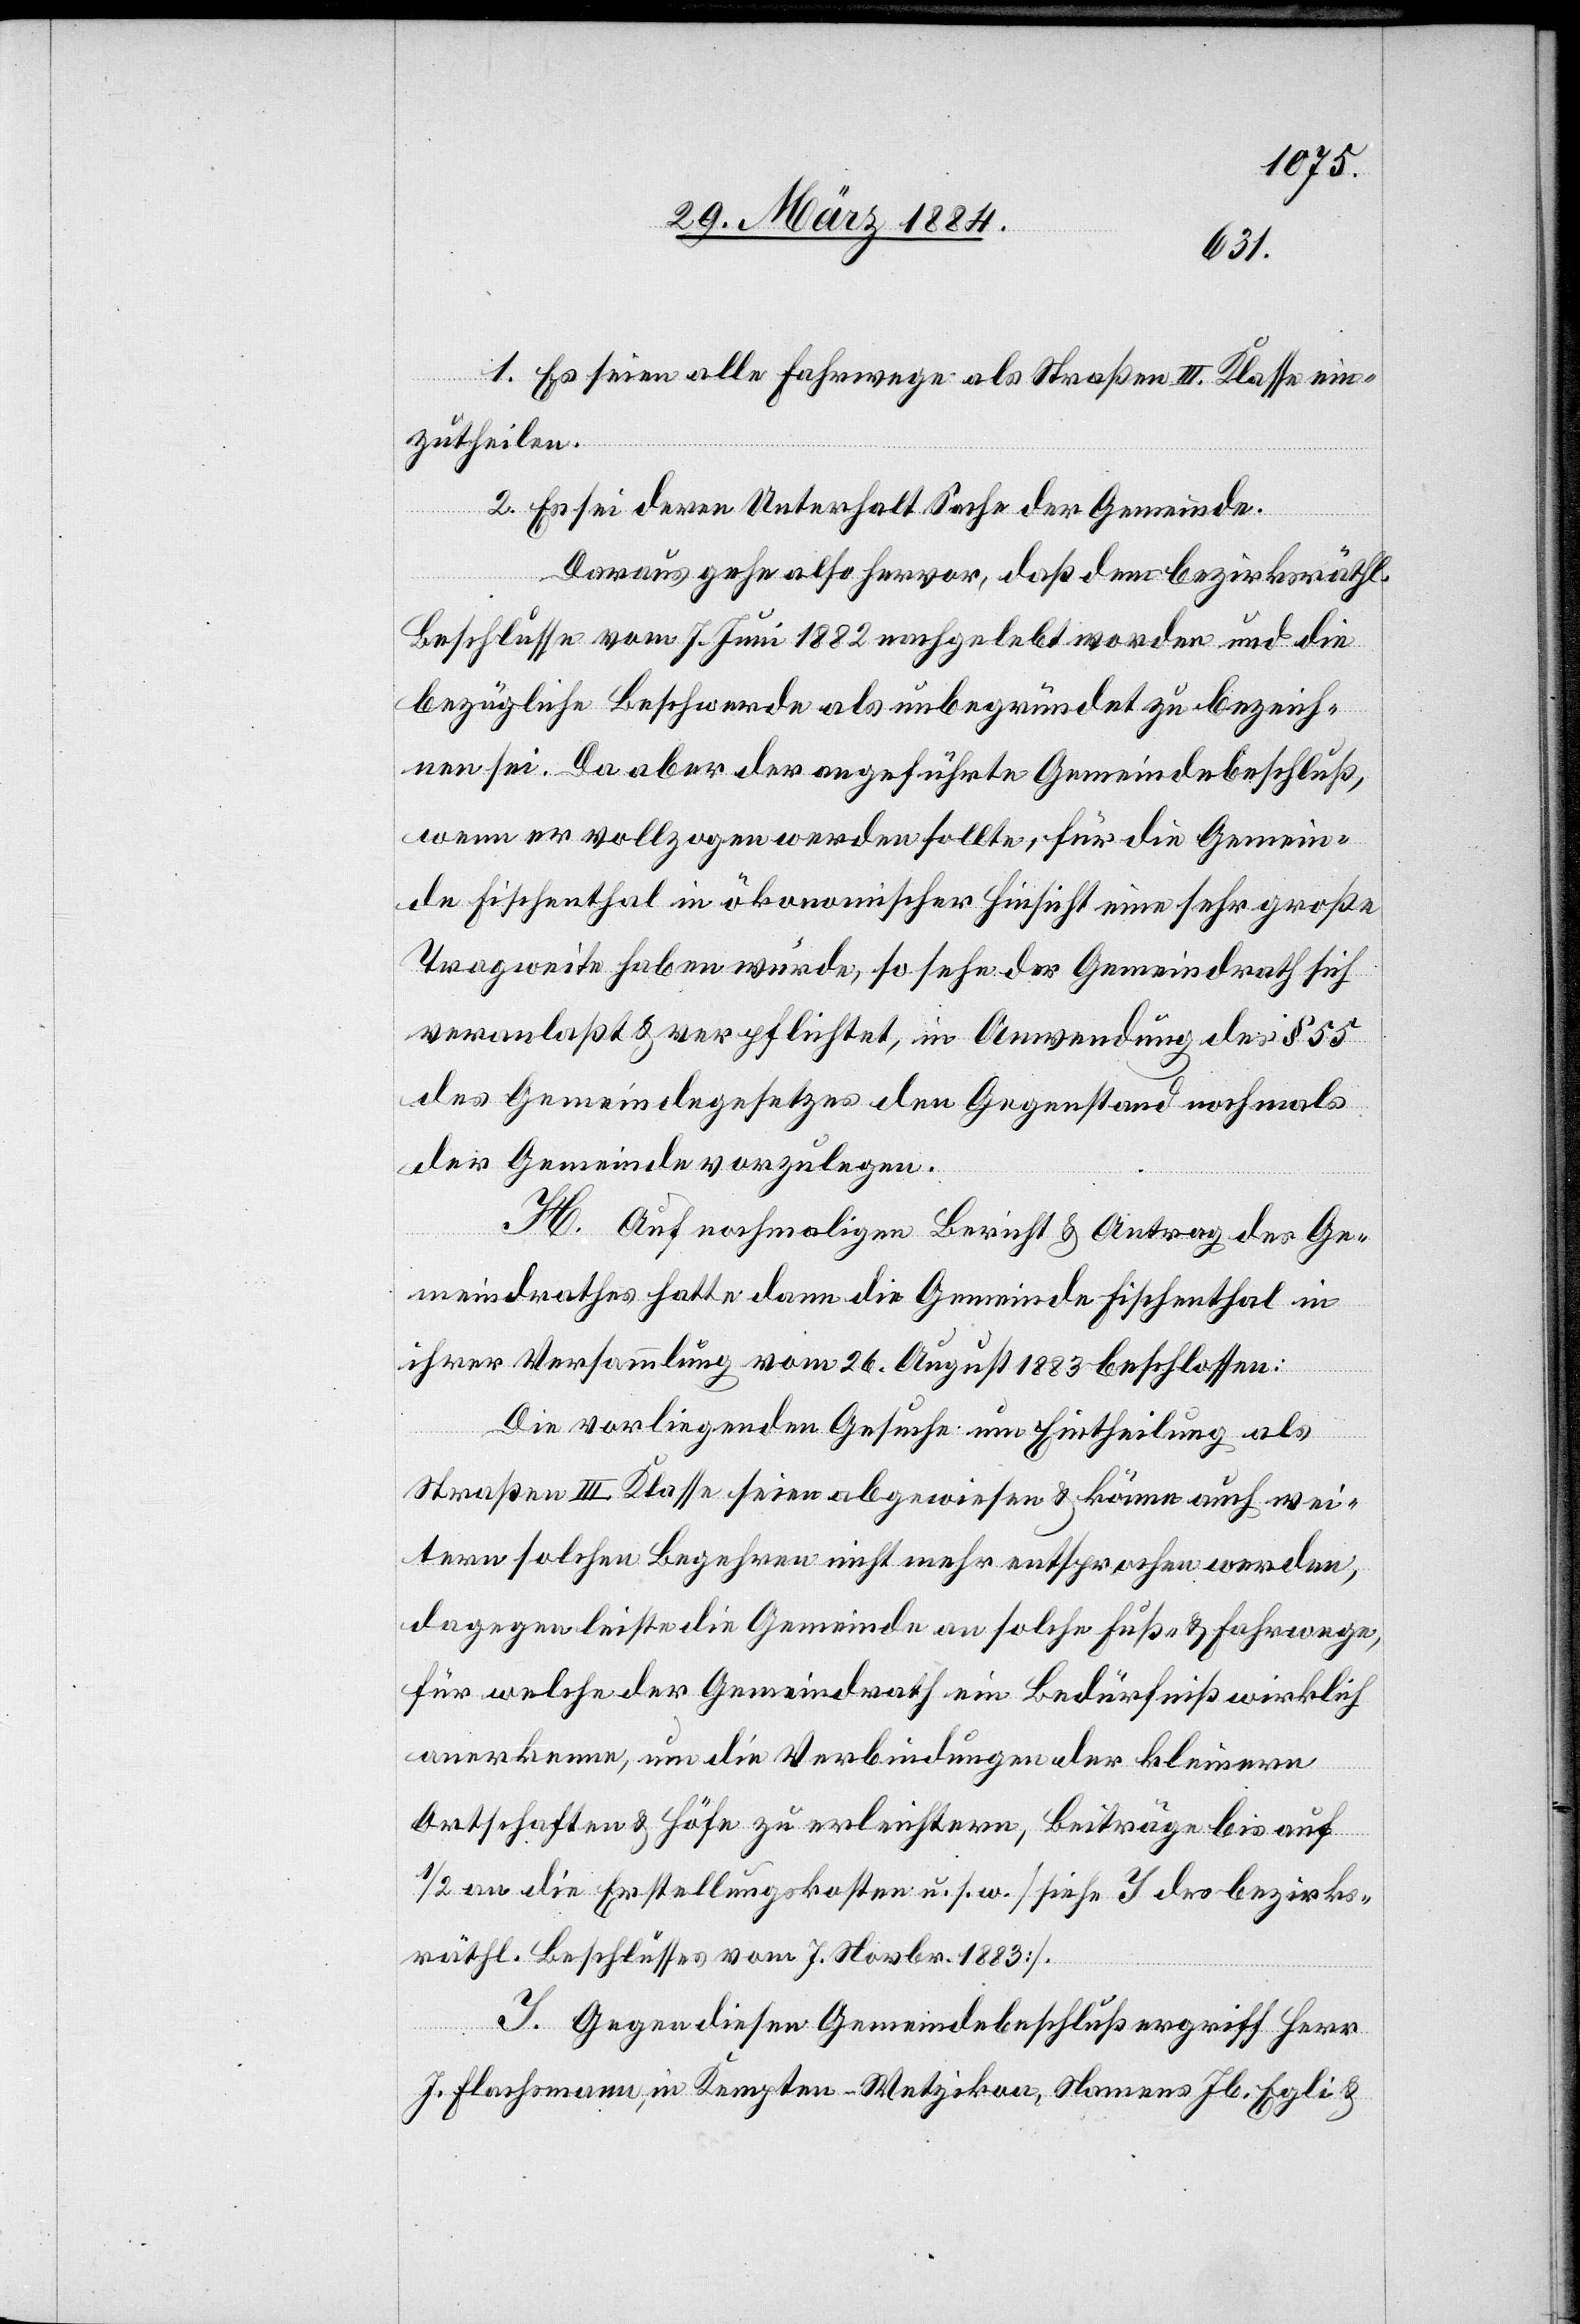
1. Es seien alle Fahrwege als Straßen III. Klasse ein¬
zutheilen.
2. Es sei deren Unterhalt Sache der Gemeinde.
Daraus gehe also hervor, daß dem bezirksräthl.
Beschlusse vom 7. Juni 1882 nachgelebt worden und die
bezügliche Beschwerde als unbegründet zu bezeich¬
nen sei. Da aber der angeführte Gemeindebeschluß,
wenn er vollzogen werden sollte, für die Gemein¬
de Fischenthal in ökonomischer Hinsicht eine sehr große
Tragweite haben würde, so sehe der Gemeindrath sich
veranlaßt & verpflichtet, in Anwendung der § 55
des Gemeindgesetzes den Gegenstand nochmals
der Gemeinde vorzulegen.
H. Auf nochmaligen Bericht & Antrag des Ge¬
meinderathes hatte dann die Gemeinde Fischenthal in
ihrer Versammlung vom 26. August 1883 beschlossen:
Die vorliegenden Gesuche um Eintheilung als
Straßen III. Klasse seien abgewiesen & könne auch wei¬
tern solchen Begehren nicht mehr entsprochen werden,
dagegen leiste die Gemeinde an solche Fuß- & Fahrwege,
für welche der Gemeindrath ein Bedürfniß wirklich
anerkenne, um die Verbindung der kleinern
Ortschaften & Höfe zu erleichtern, Beiträge bis auf
1/2 an die Erstellungskosten u. s. w. [siehe I des bezirks¬
räthl. Beschlusses vom 7. Novbr. 1883].
I. Gegen diesen Gemeindebeschluß ergriff Herr
J. Flachsmann, in Kempten - Wetzikon, Namens Jb. Egli &